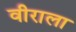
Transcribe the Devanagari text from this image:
वीराला